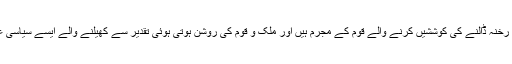
ملک کی ترقی و خوشحالی اور سی پیک میں رخنہ ڈالنے کی کوششیں کرنے والے قوم کے مجرم ہیں اور ملک و قوم کی روشن ہوتی ہوئی تقدیر سے کھیلنے والے ایسے سیاسی عناصر کو تاریخ کبھی معاف نہیں کرے گی۔